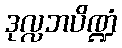
ဒုလ္လဘပိဏ္ဍံ